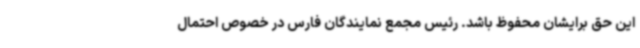
این حق برایشان محفوظ باشد. رئیس مجمع نمایندگان فارس در خصوص احتمال